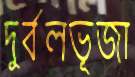
দুর্বলভূজা